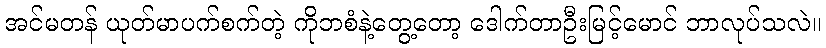
အင်မတန် ယုတ်မာပက်စက်တဲ့ ကိုဘစံနဲ့တွေ့တော့ ဒေါက်တာဦးမြင့်မောင် ဘာလုပ်သလဲ။